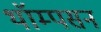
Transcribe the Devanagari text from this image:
थॉम्‍पसन